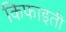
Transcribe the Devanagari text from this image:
किफाइती